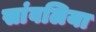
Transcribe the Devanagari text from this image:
सांवलिया